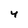
Character: 4